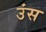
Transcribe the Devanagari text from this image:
उंस